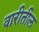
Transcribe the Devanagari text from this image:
वारीतील